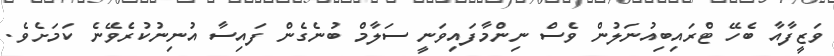
ވަޒީފާއާ ބެހޭ ޓްރައިބިއުނަލުން ވެސް ނިންމާފައިވަނީ ސަލާމް ބުނެގެން ފައިސާ އުނިނުކުރެވޭނެ ކަމަށެވެ.